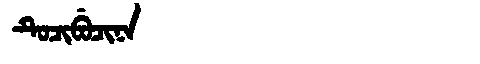
Manchu: ᡨᡠᠴᡳᠪᡠᠴᡳᠨᠠ
Romanization: TUCIBUCINA